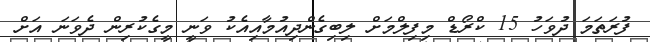
ފުރަތަމަ ދުވަހު 15 ކްރޯޑް މިފިލްމަށް ލިބިގެންދިއުމާއިއެކު ވަނީ މީގެކުރިން ދެވަނަ އަށް